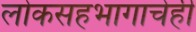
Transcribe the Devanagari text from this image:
लोकसहभागाचेही